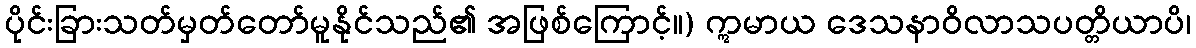
ပိုင်းခြားသတ်မှတ်တော်မူနိုင်သည်၏ အဖြစ်ကြောင့်။) ဣမာယ ဒေသနာဝိလာသပတ္တိယာပိ၊